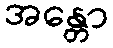
အန္တော